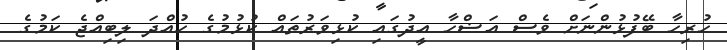
ހުރިހާ ބޭފުޅުންނަށް ވެސް އަޟްހާ އީދުގައި ކުޅިވަރުތައް ކުޅުމުގެ ހުއްދަ ލިބިއްޖެ ކަމުގެ